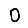
Digit: 0